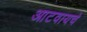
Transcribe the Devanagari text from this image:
आटवायचे